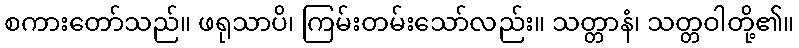
စကားတော်သည်။ ဖရုသာပိ၊ ကြမ်းတမ်းသော်လည်း။ သတ္တာနံ၊ သတ္တဝါတို့၏။